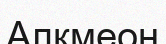
Алкмеон